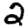
Digit: 2